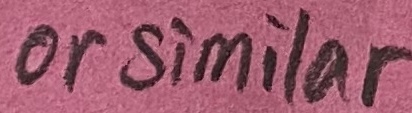
Text: or similar